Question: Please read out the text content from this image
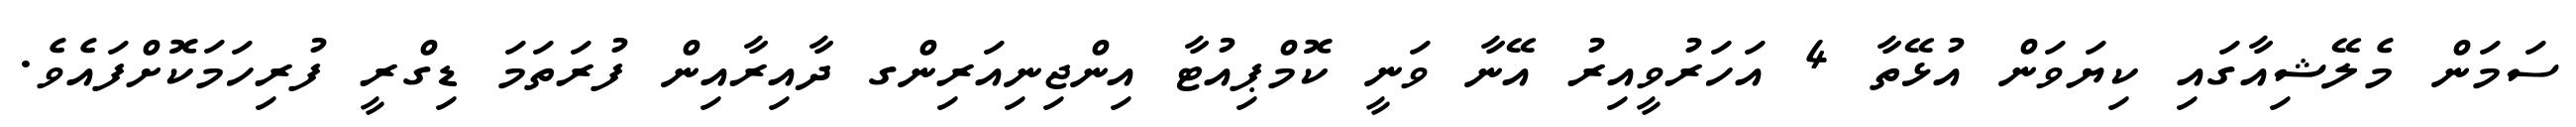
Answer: ސަމަން މެލޭޝިއާގައި ކިޔަވަން އުޅޭތާ 4 އަހަރުވީއިރު އޭނާ ވަނީ ކޮމްޕިއުޓާ އިންޖިނިއަރިންގ ދާއިރާއިން ފުރަތަމަ ޑިގްރީ ފުރިހަމަކޮށްފައެވެ.